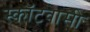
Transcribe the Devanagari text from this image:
स्कॉटवासी